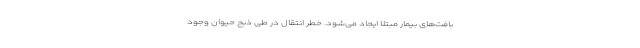
بافت‌های بیمار مبتلا ایجاد می‌شود. خطر انتقال در طی ذبح حیوان وجود